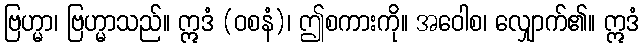
ဗြဟ္မာ၊ ဗြဟ္မာသည်။ ဣဒံ (ဝစနံ)၊ ဤစကားကို။ အဝေါစ၊ လျှောက်၏။ ဣဒံ